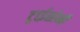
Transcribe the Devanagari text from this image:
ट्राईसोमी